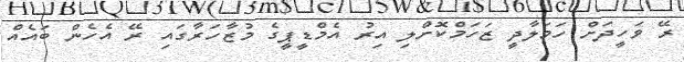
ރޭ ވަހީދަށް ހަމަލާދީ ޒަހަމްކޮށްލި އިރު އެމްޑީޕީގެ މުޒާހަރާގައި ރޭ އެހެން ބައެއް